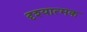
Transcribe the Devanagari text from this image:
दृश्‍यात्‍मक